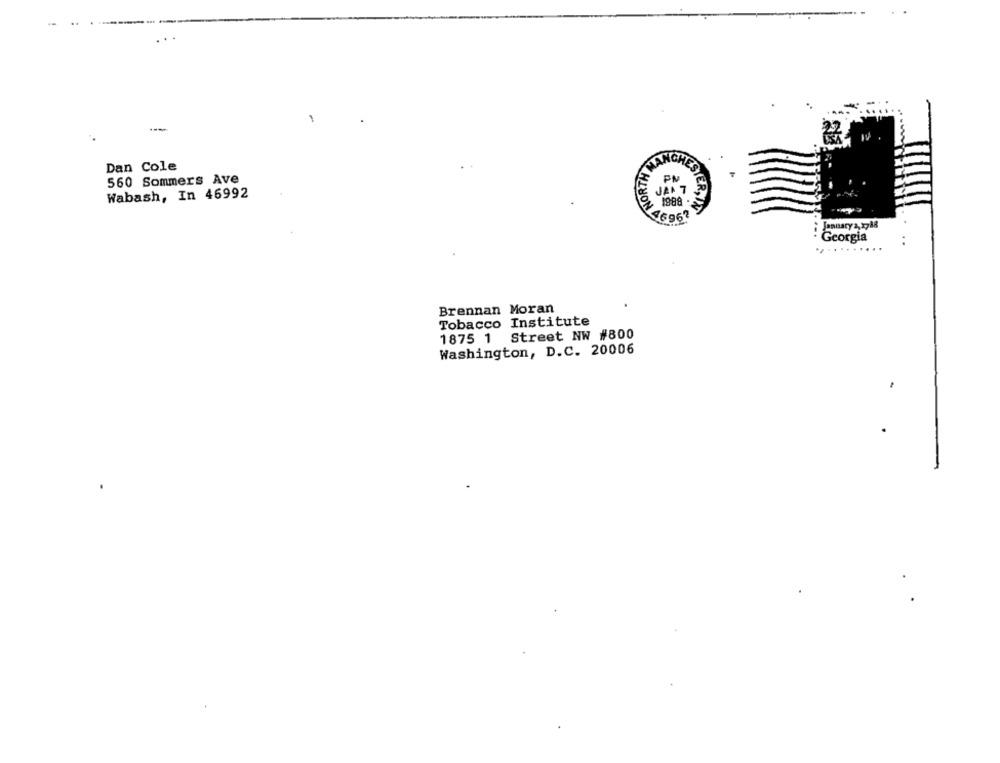
1
22
Dan Cole
560 Sommers Ave
2.
Wabash, In 46992
1988
FESTER, DA
ON 4696?
January 2, 1788
Georgia
Brennan Moran
Tobacco Institute
1875 1 Street NW #800
Washington, D.C. 20006
-